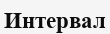
Интервал